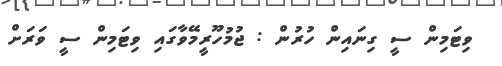
ވިޓަމިން ސީ ގިނައިން ހުރުން : ޖުމުހޫރީމޭވާގައި ވިޓަމިން ސީ ވަރަށް